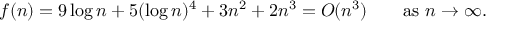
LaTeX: f ( n ) = 9 \log n + 5 ( \log n ) ^ { 4 } + 3 n ^ { 2 } + 2 n ^ { 3 } = O ( n ^ { 3 } ) \qquad { \mathrm { a s ~ } } n \to \infty .